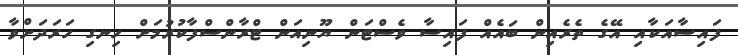
ފައިސާއަކާއި އޭގެ ތެރެއިން ބައެއް ފައިސާ ވެސްޓަން ޔޫނިއަން ޓްރާންސްފާކުރުމަށް ހިނގި ހަރަދަށްވާ